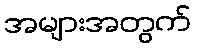
အများအတွက်